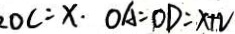
O C = x \cdot O A = O D = x + 2